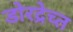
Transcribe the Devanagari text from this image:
डोरद्रेच्त